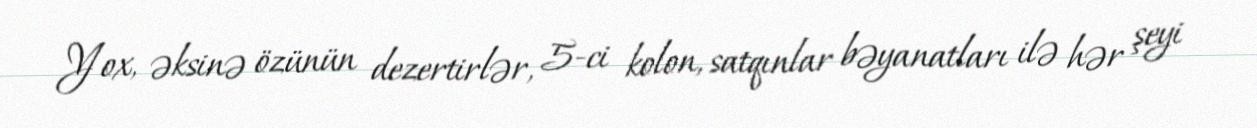
Yox, əksinə özünün dezertirlər, 5-ci kolon, satqınlar bəyanatları ilə hər şeyi